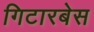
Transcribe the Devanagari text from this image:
गिटारबेस